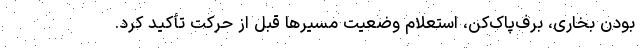
بودن بخاری، برف‌پاک‌کن، استعلام وضعیت مسیر‌ها قبل از حرکت تأکید کرد.